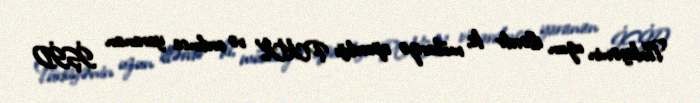
Türkiyənin uzun illərdir ki, mübarizə apardığı PKK və ardınca yaranan İŞİD